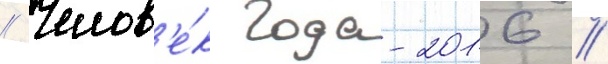
// Челов'е́к года-2016 //